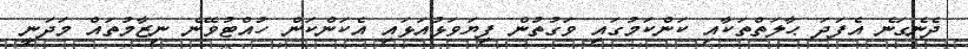
ދެނެގަނެ އެފަދަ ޙާލަތްތަކާއި ކަންކަމުގައި ވަގުތުން ފިޔަވަޅުއަޅައި އެކަންކަން ހުއްޓުވޭނެ ނިޒާމުތައް މަދަނީ